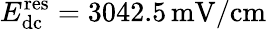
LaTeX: E_{\mathrm{dc}}^{\mathrm{res}}=3042.5\, \mathrm{mV/cm}